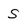
Character: S